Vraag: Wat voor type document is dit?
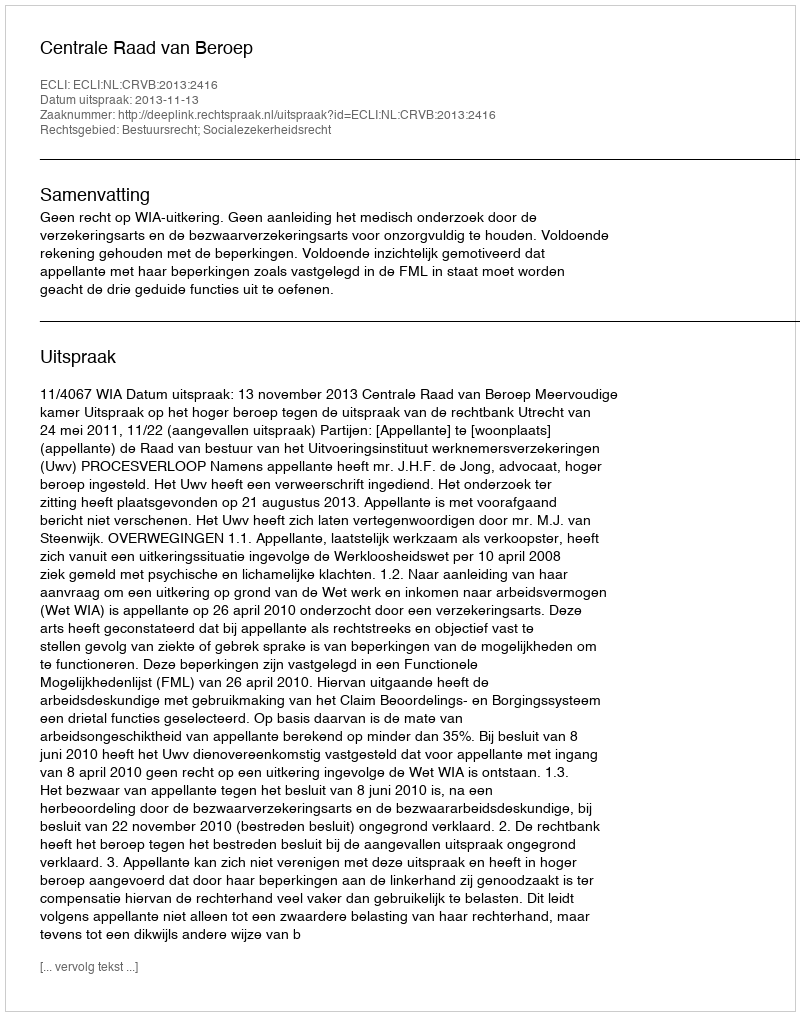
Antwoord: Uitspraak